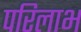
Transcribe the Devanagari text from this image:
परिलाभ